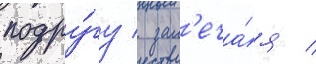
подру́гу / зам'еча́я /